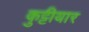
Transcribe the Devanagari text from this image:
कुट्टीयार